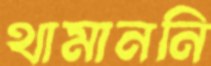
থামাননি